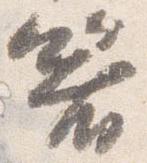
箸